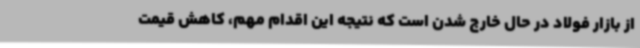
از بازار فولاد در حال خارج شدن است که نتیجه این اقدام مهم، کاهش قیمت